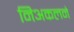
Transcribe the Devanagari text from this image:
निअकलने